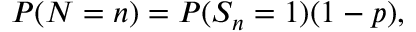
P ( N = n ) = P ( S _ { n } = 1 ) ( 1 - p ) ,